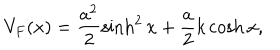
V _ { F } ( x ) = \frac { a ^ { 2 } } 2 \sinh ^ { 2 } x + \frac a 2 k \cosh x ,